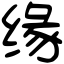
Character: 缘